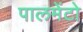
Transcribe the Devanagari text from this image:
पालमेंटो